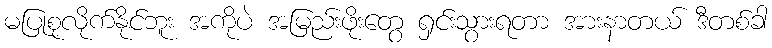
မပြုစုလိုက်နိုင်ဘူး အကိုပဲ အမြည်းဖိုးတွေ ရှင်းသွားရတာ အားနာတယ် ဒီတစ်ခါ